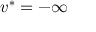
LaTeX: v ^ { * } = - \infty